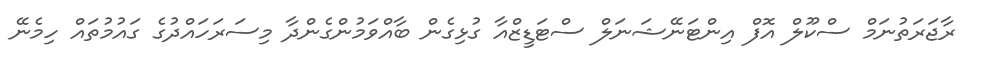
ރާޖަރަތުނަމް ސްކޫލް އޮފް އިންޓަނޭޝަނަލް ސްޓަޑީޒްއާ ގުޅިގެން ބާއްވަމުންގެންދާ މިސަރަހައްދުގެ ގައުމުތައް ހިމެނޭ